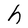
Character: h